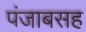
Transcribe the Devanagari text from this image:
पंजाबसह